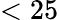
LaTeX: <25